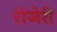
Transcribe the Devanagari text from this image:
रोजेरी